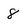
Character: 8